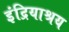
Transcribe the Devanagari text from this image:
इंद्रियाश्रय